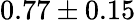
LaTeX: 0.77\pm 0.15